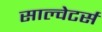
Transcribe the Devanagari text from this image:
साल्वेटर्स